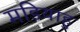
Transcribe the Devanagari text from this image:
मडियाहु